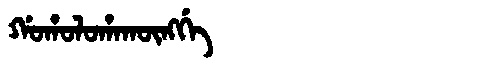
Manchu: ᡤᠣᡥᠣᠯᠣᡥᠠᡴᡡᠩᡤᡝ
Romanization: GOHOLOHAKŪNGGE